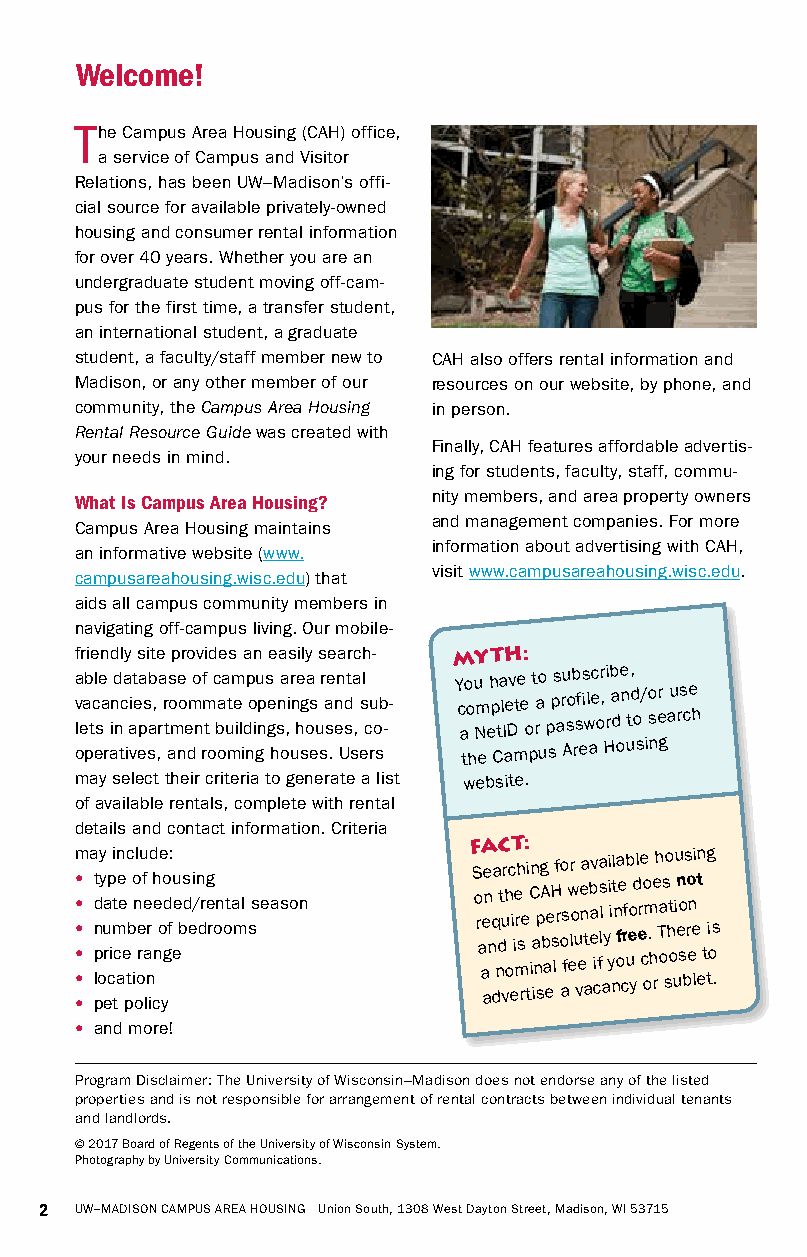
Welcome!
 T he Campus Area Housing (CAH) office,
 a service of Campus and Visitor
 Relations, has been UW–Madison’s offi-
 cial source for available privately-owned
 housing and consumer rental information
 for over 40 years. Whether you are an
 undergraduate student moving off-cam-
 pus for the first time, a transfer student,
 an international student, a graduate
 student, a faculty/staff member new to CAH also offers rental information and
 Madison, or any other member of our resources on our website, by phone, and
 community, the Campus Area Housing in person.
 Rental Resource Guide was created with
 Finally, CAH features affordable advertis-
 your needs in mind.
 ing for students, faculty, staff, commu-
 What Is Campus Area Housing? nity members, and area property owners
 and management companies. For more
 Campus Area Housing maintains
 information about advertising with CAH,
 an informative website (www.
 visit www.campusareahousing.wisc.edu.
 campusareahousing.wisc.edu) that
 aids all campus community members in
 navigating off-campus living. Our mobile-
 friendly site provides an easily search- MYTH:
 a v leab tcl se a ind nc a ait e pa s ab , ra r ts o me o
 e
 mo nf m
 t
 c baa utm e
 il
 dp o iu nps ge sna ,ir n he g oa s
 u
 r a se enn sdta
 ,
 sl
 c
 u ob -- Y c ao o u Nm eh p ta l Ie Dv te e
 o
 t rao
 p
 ps aru sob sfs i wlec or , rib a de n t, d o / so er au rs ce h
 operatives, and rooming houses. Users the Campus Area Housing
 may select their criteria to generate a list website.
 of available rentals, complete with rental
 details and contact information. Criteria
 m • • • •
 •
 a p
 l
 t d n oy y u ra p cii mt cn ae e e tc b io nl oe ru f ae nr d nh e oe o gd: f eu e bs d ei /n drg e ron ota ml sseason F S o r a aA e ae n n q da ndC t u vr h o c eiT ie mrh s re : ti iC n a in spg A b a ee H s lf r o o as fw er l o u vee na at b eav i cfa s ll
 a
 y i i yi nl t n oa fe crf ub eo yd l ere co om . h e rh T a os so ht o uiu en so bs ro en e li t
 e
 n t tg i os
 .
 • pet policy
 • a nd more!
 Program Disclaimer: The University of Wisconsin–Madison does not endorse any of the listed
 properties and is not responsible for arrangement of rental contracts between individual tenants
 and landlords.
 © 2017 Board of Regents of the University of Wisconsin System.
 Photography by University Communications.
 2 UW–MADISON CAMPUS AREA HOUSING Union South, 1308 West Dayton Street, Madison, WI 53715